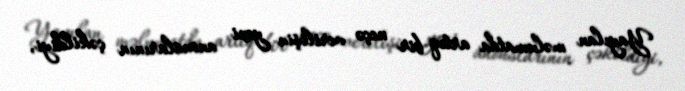
Yayılan məlumatda artıq bir neçə verilişin yeni anonslarının çəkildiyi,